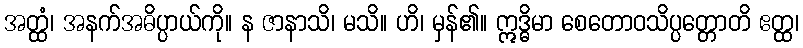
အတ္ထံ၊ အနက်အဓိပ္ပာယ်ကို။ န ဇာနာသိ၊ မသိ။ ဟိ၊ မှန်၏။ ဣဒ္ဓိမာ စေတောဝသိပ္ပတ္တောတိ ဧတ္ထ၊